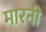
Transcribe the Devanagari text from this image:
मारनी